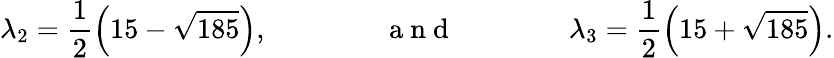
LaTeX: \lambda_{2}=\frac{1}{2}\left(15-\sqrt{185}\right),\qquad\qquad\mathrm{~a~n~d~}\qquad\qquad\lambda_{3}=\frac{1}{2}\left(15+\sqrt{185}\right).